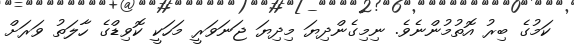
ކަމުގެ ބިރު އޮތުމުންނެވެ. ނިމިގެންދިޔަ މިދިޔަ ޖަނަވަރީ މަހަކީ ކޮވިޑްގެ ހާލަތު ވަރަށް